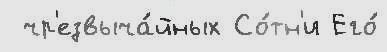
 чр'езвыча́йных Со́тн'и Его́